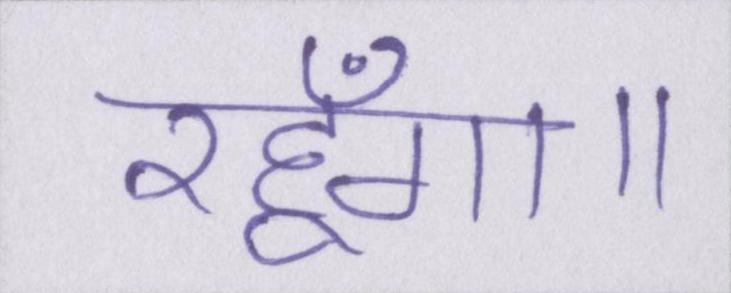
रहूँगा।